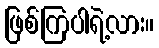
ဖြစ်ကြပါရဲ့လား။